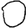
Digit: 0